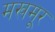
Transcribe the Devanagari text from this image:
मखमूर